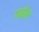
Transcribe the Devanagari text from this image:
गातील